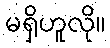
မရှိဟူလို။